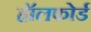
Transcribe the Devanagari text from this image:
हॉलफोर्ड